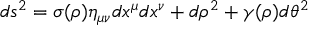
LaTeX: d s ^ { 2 } = \sigma ( \rho ) \eta _ { \mu \nu } d x ^ { \mu } d x ^ { \nu } + d \rho ^ { 2 } + \gamma ( \rho ) d \theta ^ { 2 }